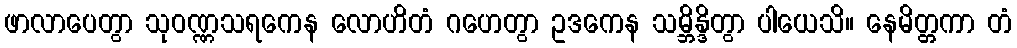
ဖာလာပေတွာ သုဝဏ္ဏသရကေန လောဟိတံ ဂဟေတွာ ဥဒကေန သမ္ဘိန္ဒိတွာ ပါယေသိ။ နေမိတ္တကာ တံ